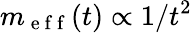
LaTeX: m_{\mathrm{~e~f~f~}}(t)\propto 1/t^{2}